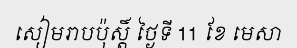
សៀមរាបប៉ុស្តិ៍ ថ្ងៃទី 11 ខែ មេសា